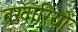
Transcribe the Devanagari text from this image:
बखारियों